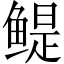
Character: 鳀